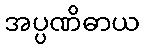
အပ္ပဏိဓာယ